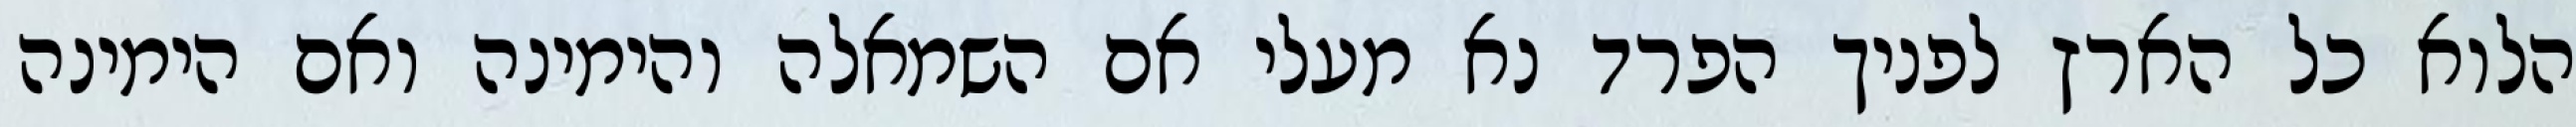
הלוא כל הארץ לפניך הפרד נא מעלי אם השמאלה והימינה ואם הימינה